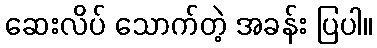
ဆေးလိပ် သောက်တဲ့ အခန်း ပြပါ။